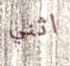
اثني